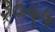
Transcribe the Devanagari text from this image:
३०५५